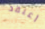
أعتقد